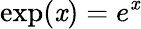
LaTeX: \exp(\mathit{x})=e^{\mathit{x}}